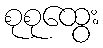
စုစုထွေး